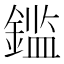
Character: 𲇕